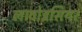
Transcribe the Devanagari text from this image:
लावोइसियर